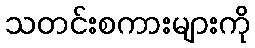
သတင်းစကားများကို